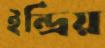
ইন্দ্রিয়